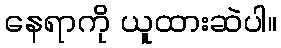
နေရာကို ယူထားဆဲပါ။